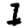
Digit: 1